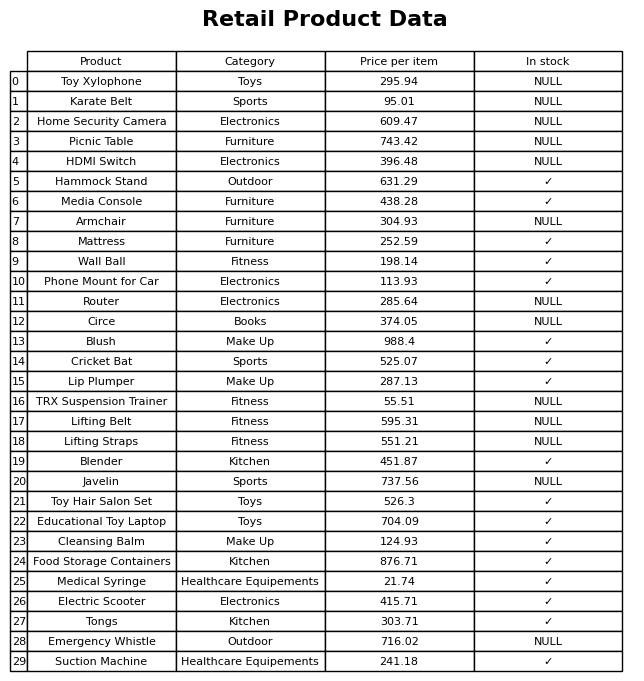
question: What is the price of the Lifting Belt?
answer: The price of Lifting Belt is 595.31.